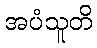
အပံသူတိ